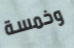
وخمسة